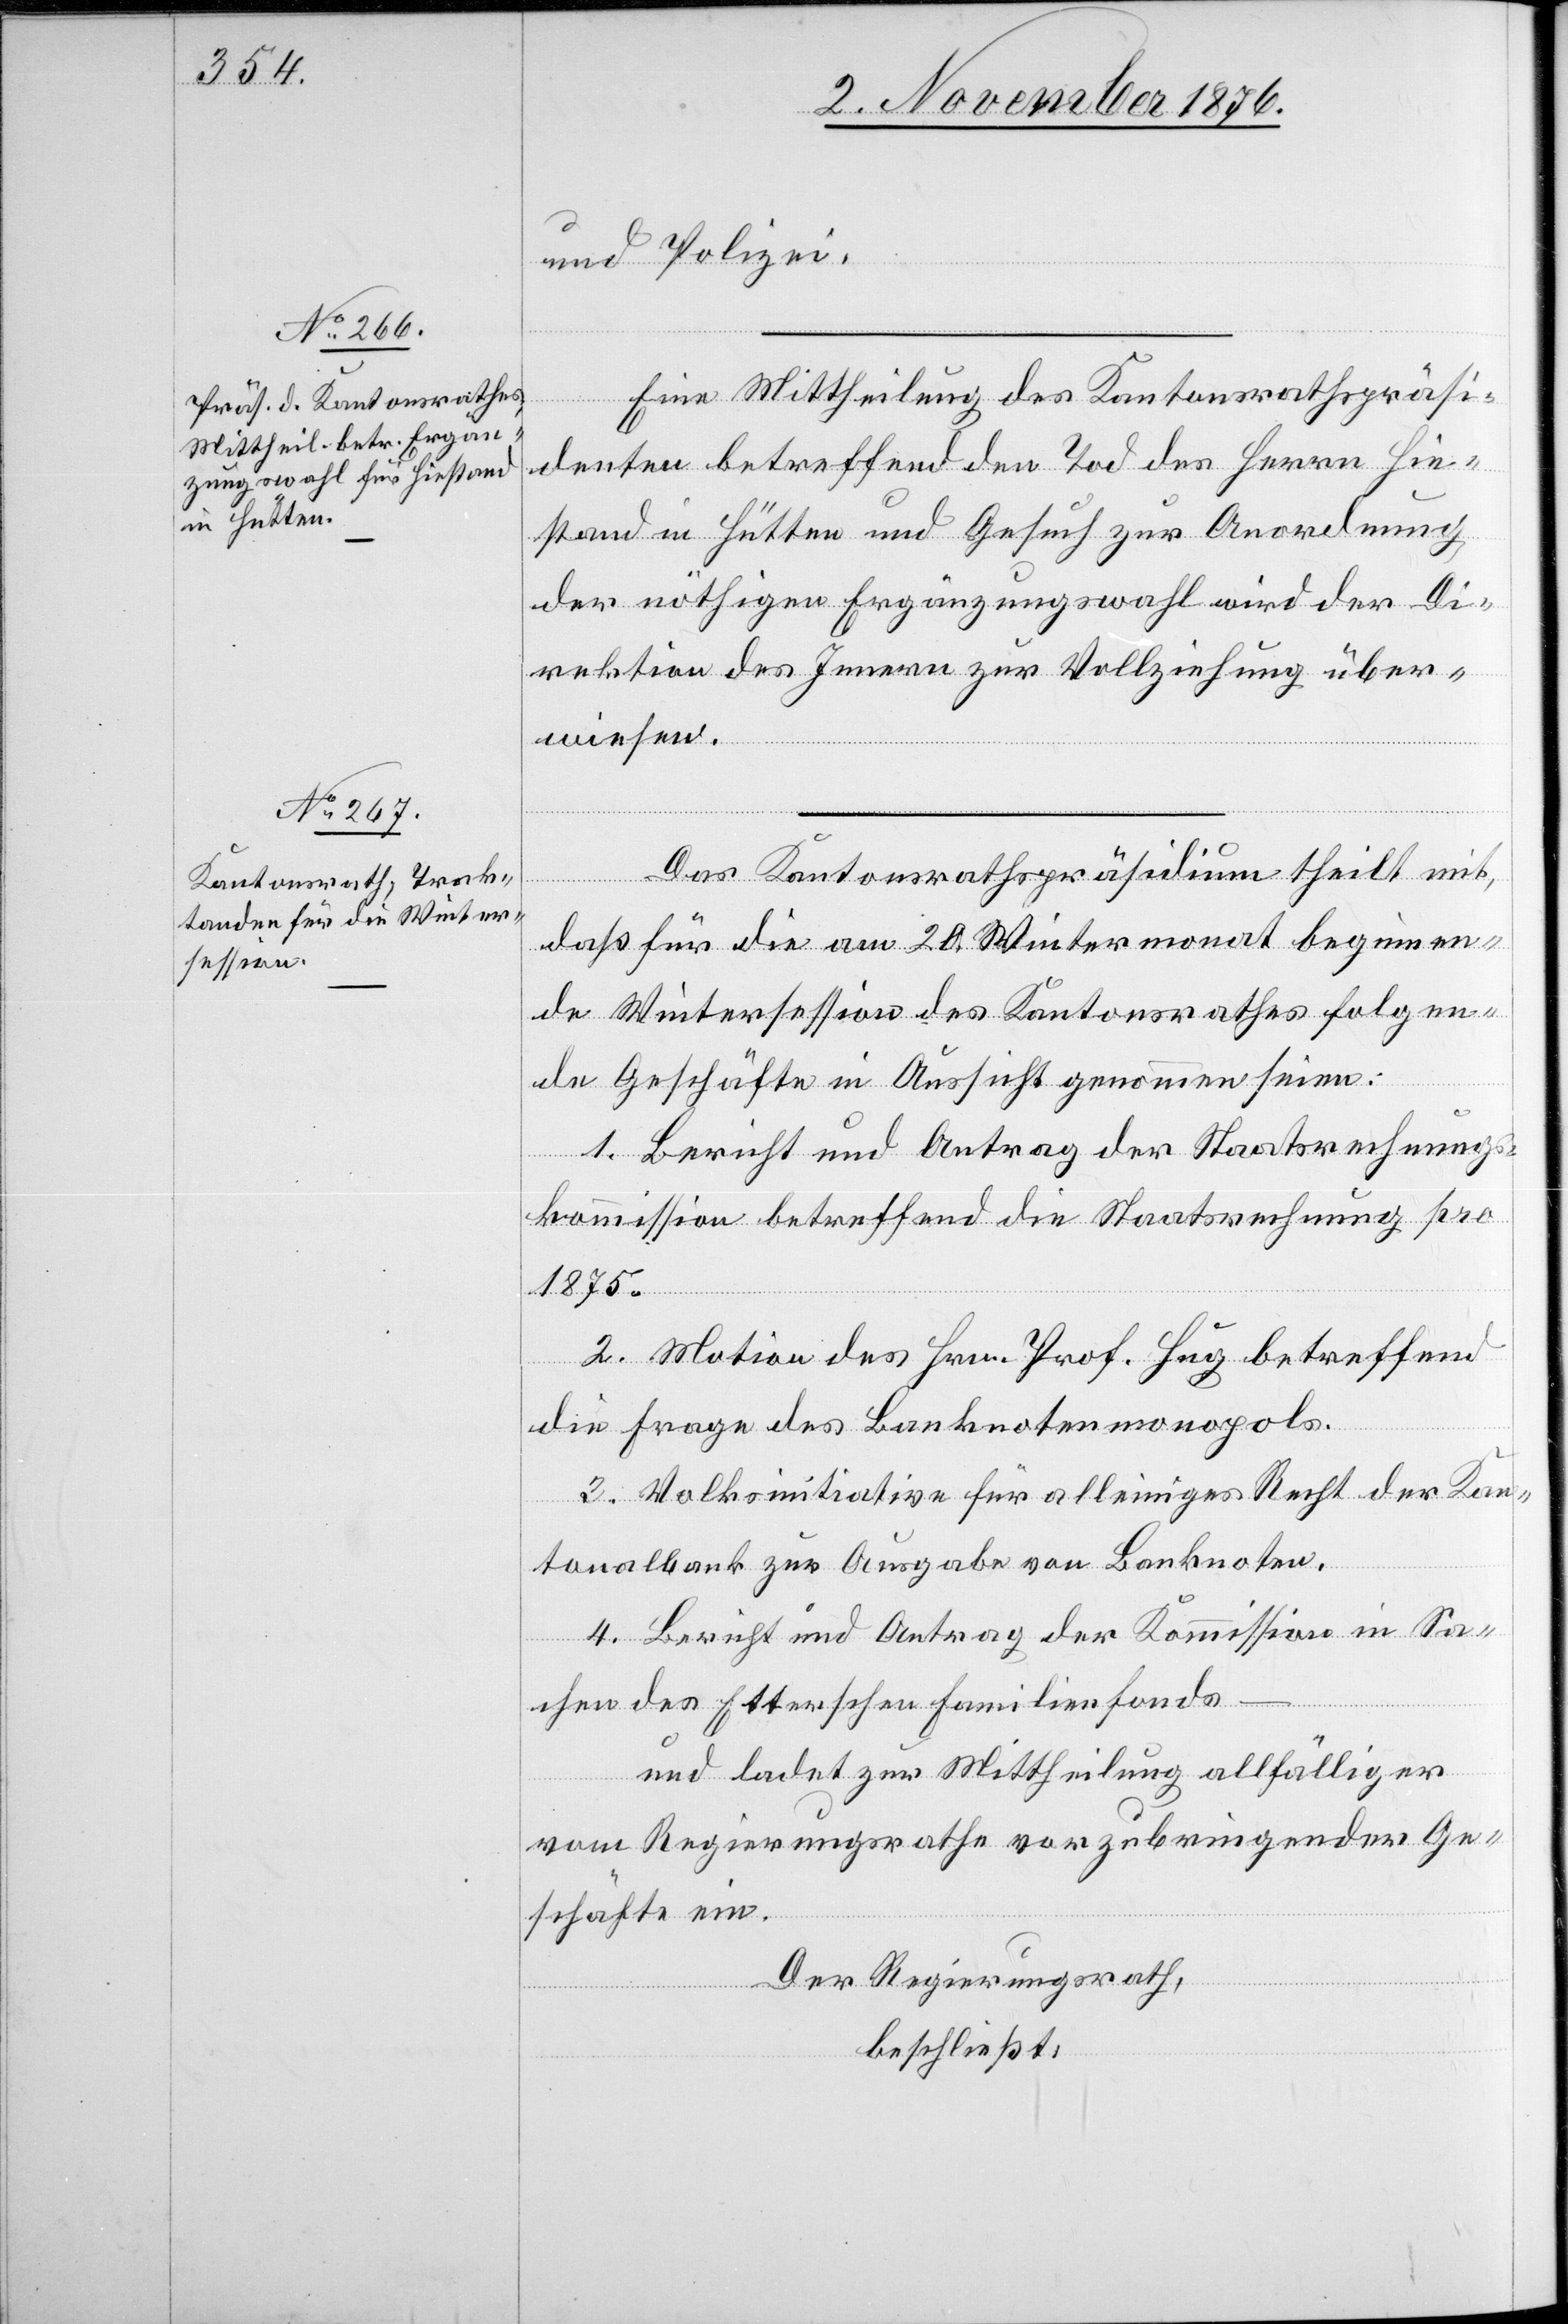
und Polizei.
Eine Mittheilung des Kantonsrathspräsi¬
denten betreffend den Tod des Herrn Hie¬
stand in Hütten und Gesuch zur Anordnung
der nöthigen Ergänzungswahl wird der Di¬
rektion des Innern zur Vollziehung über¬
wiesen.
Das Kantonsrathspräsidium theilt mit,
daß für die am 20. Wintermonat beginnen¬
de Wintersession des Kantonsrathes folgen¬
de Geschäfte in Aussicht genommen seien:
1. Bericht und Antrag der Staatsrechnungs¬
kommission betreffend die Staatsrechnung pro
1875.
2. Motion des Hrn. Prof. Hug betreffend
die Frage des Banknotenmonopols.
3. Volksinitiative für alleiniges Recht der Kan¬
tonalbank zur Ausgabe von Banknoten.
4. Bericht und Antrag der Kommission in Sa¬
chen des Etterschen Familienfonds
und ladet zur Mittheilung allfälliger
vom Regierungsrathe vorzubringender Ge¬
schäfte ein.
Der Regierungsrath,
beschließt: